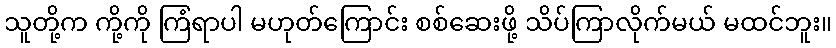
သူတို့က ကို့ကို ကြံရာပါ မဟုတ်ကြောင်း စစ်ဆေးဖို့ သိပ်ကြာလိုက်မယ် မထင်ဘူး။